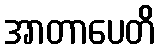
အာတာပေတိ